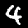
Digit: 4